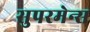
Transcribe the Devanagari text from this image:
सुपरमेन्स